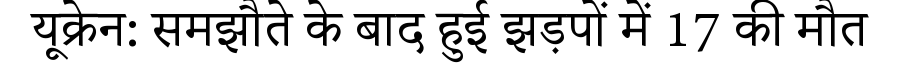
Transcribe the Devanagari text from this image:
यूक्रेन: समझौते के बाद हुई झड़पों में 17 की मौत